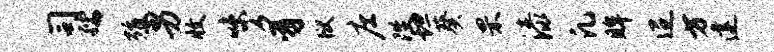
司孺殖男收味豸狱庄陛坦葵罘漆凡眸迢方建